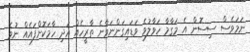
ނަމަވެސް ސިސޮން އެ މަގާމާ ހަވާލުވެ ވަޑައިގަންނަވާނެ ތާރީހެއް އަދި ހާމަކޮށްފައެއް ނުވެ